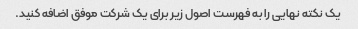
یک نکته نهایی را به فهرست اصول زیر برای یک شرکت موفق اضافه کنید.